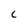
Character: C